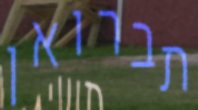
תברואן